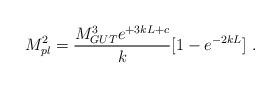
LaTeX: \begin{align*}M_{pl}^2 = {{M_{GUT}^3 e^{+3 k L + c}} \over\displaystyle k} [1- e^{-2 k L}] ~.~\,\end{align*}